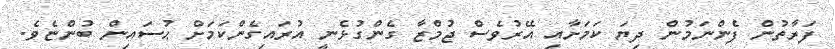
ފަރާތުން ފެންނަމުން ދިޔަ ކަމަށާއި އޭރުވެސް ޖުމްޒާ ގެންގުޅެނީ އުރައިގެންކަމަށް ޙުސައިން ބުންޏެވެ.